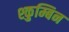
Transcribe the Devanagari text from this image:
श्कुम्बिन